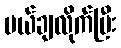
ပယ်ချလိုက်ပြီး